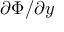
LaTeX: \partial \Phi / \partial { y }